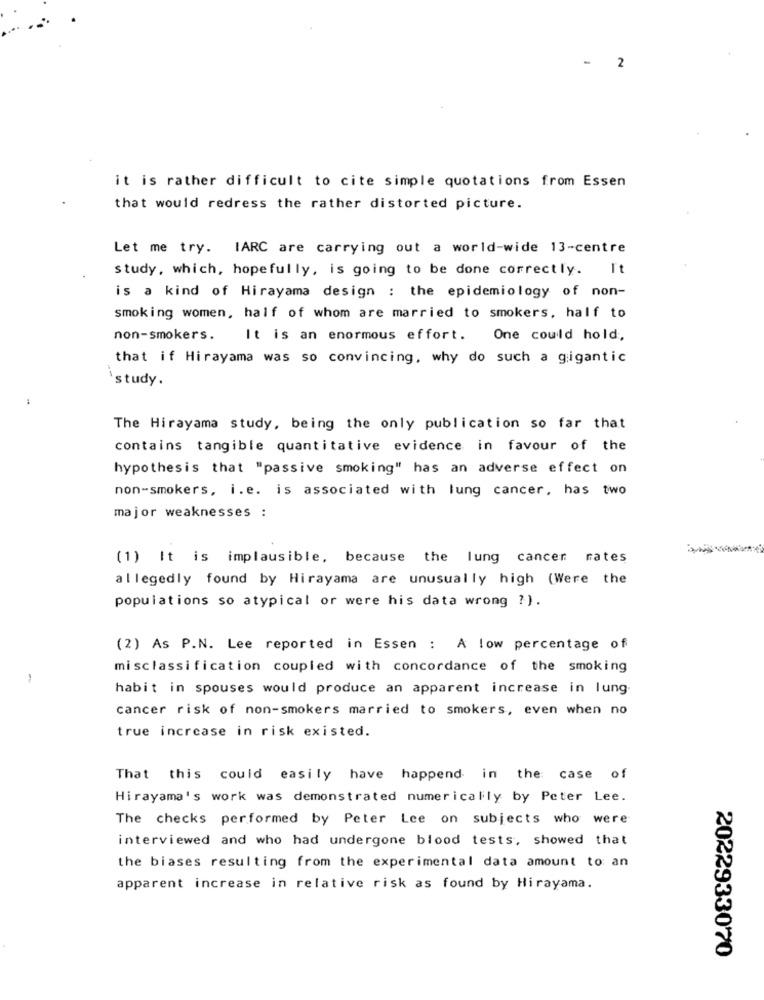
-
2
it is rather difficult to cite simple quotations from Essen
that would redress the rather distorted picture.
Let me try. IARC are carrying out a world-wide 13-centre
study, which, hopefully, is going to be done correctly. It
is a kind of Hirayama design : the epidemiology of non-
smoking women, half of whom are married to smokers, half to
non-smokers.
It is an enormous effort. One could hold,
that if Hirayama was so convincing, why do such a gigantic
`study.
The Hirayama study, being the only publication so far that
contains tangible quantitative evidence in favour of the
hypothesis that "passive smoking" has an adverse effect on
non-smokers, i.e. is associated with lung cancer, has two
major weaknesses :
(1) It is implausible, because the lung cancer rates
allegedly found by Hirayama are unusually high (Were the
populations so atypical or were his data wrong ?).
(2) As P.N. Lee reported in Essen : A low percentage of
misclassification coupled with concordance of the smoking
-
habit in spouses would produce an apparent increase in lung-
cancer risk of non-smokers married to smokers, even when no
true increase in risk existed.
That this could easily have happend in the case of
Hirayama's work was demonstrated numerically by Peter Lee.
The checks performed by Peter Lee on subjects who were
interviewed and who had undergone blood tests, showed that
the biases resulting from the experimental data amount to an
apparent increase in relative risk as found by Hirayama.
2022933070